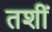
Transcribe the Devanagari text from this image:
तशीं